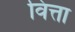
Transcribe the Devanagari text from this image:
वित्ता